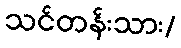
သင်တန်းသား/